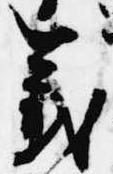
義